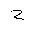
Letter: _ha